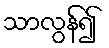
သာလွန်၍